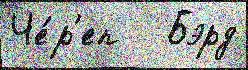
Че́р'еп   Бэрд